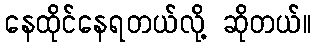
နေထိုင်နေရတယ်လို့ ဆိုတယ်။